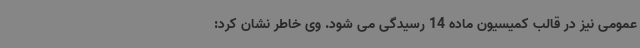
عمومی نیز در قالب کمیسیون ماده 14 رسیدگی می شود. وی خاطر نشان کرد: